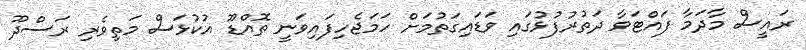
ރައީސް މާދަމާ ފައްޓަވާ ދަތުރުފުޅުގައި ވަޑައިގަތުމަށް ހަމަޖެހިފައިވަނީ ތޮއްޑޫ އުކުޅަސް މަތިވެރި ރަސްދޫ